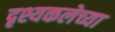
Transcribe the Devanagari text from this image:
दृश्यकलेच्या